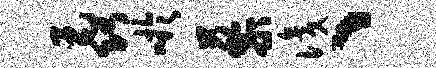
毳吁藜识、